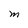
Character: M